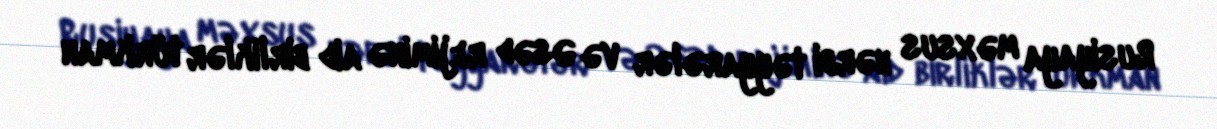
Rusiyaya məxsus hərbi təyyarələr və Əsəd rejiminə aid birliklər türkman